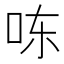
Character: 𰇎